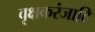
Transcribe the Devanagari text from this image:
वृक्षकरंजादि